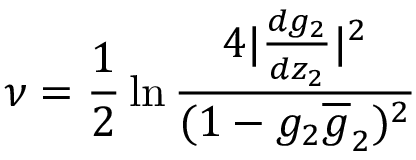
\nu = { \frac { 1 } { 2 } } \ln \frac { 4 | \frac { d g _ { 2 } } { d z _ { 2 } } | ^ { 2 } } { ( 1 - g _ { 2 } \overline { { g } } _ { 2 } ) ^ { 2 } }